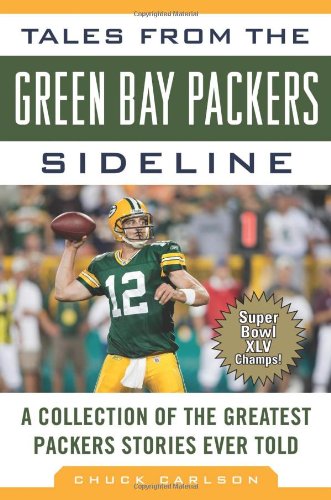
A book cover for Tales from the Green Bay Packers Sideline: A Collection of the Greatest Packers Stories Ever Told (Tales from the Team); Chuck Carlson; Sports & Outdoors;